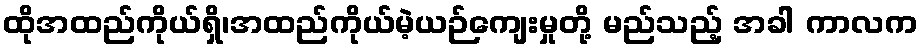
ထိုအထည်ကိုယ်ရှိ၊အထည်ကိုယ်မဲ့ယဉ်ကျေးမှုတို့ မည်သည့် အခါ ကာလက